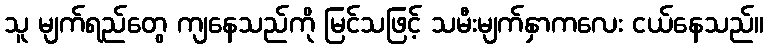
သူ မျက်ရည်တွေ ကျနေသည်ကို မြင်သဖြင့် သမီးမျက်နှာကလေး ငယ်နေသည်။